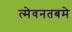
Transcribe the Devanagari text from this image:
त्मेवनतबमे